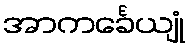
အာကင်္ခေယျုံ